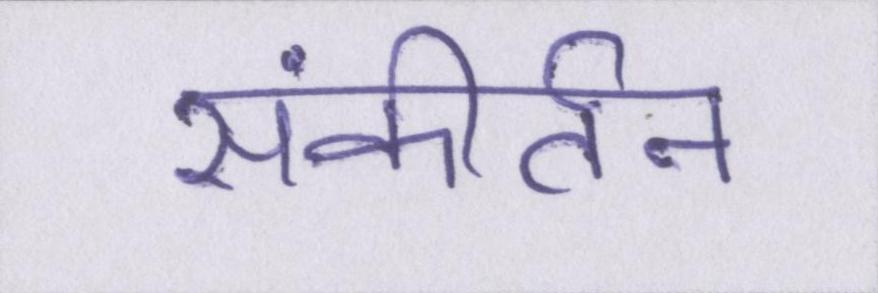
संकीर्तन